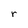
Character: r